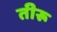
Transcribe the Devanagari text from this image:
तीरू